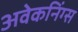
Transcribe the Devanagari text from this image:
अवेकनिंग्स